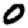
Digit: 0